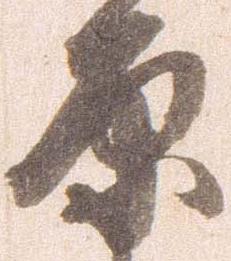
原